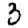
Digit: 3